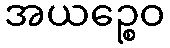
အယဉ္စေဝ